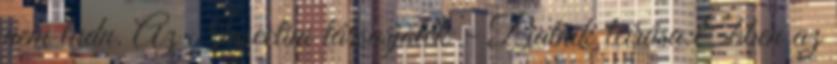
nem tudn. Az Insectini társasjáték - Piatnik leírása:Ebben az